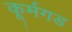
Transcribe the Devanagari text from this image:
कूर्मगड